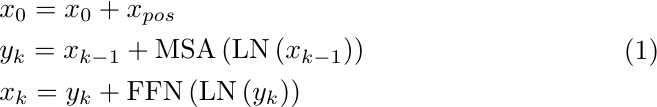
\begin{equation}
\begin{aligned}
\label{deqn_ex3a}
\begin{aligned} & x_0=x_0+x_{p o s} \\ & y_k=x_{k-1}+\operatorname{MSA}\left(\operatorname{LN}\left(x_{k-1}\right)\right) \\ & x_k=y_k+\operatorname{FFN}\left(\operatorname{LN}\left(y_k\right)\right)\end{aligned}
\end{aligned}
\end{equation}